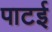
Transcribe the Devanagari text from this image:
पाटई